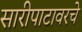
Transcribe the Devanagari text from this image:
सारीपाटावरचे